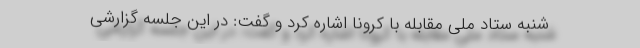
شنبه ستاد ملی مقابله با کرونا اشاره کرد و گفت: در این جلسه گزارشی